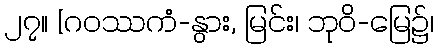
၂၇။ [ဂဝဿကံ-နွား, မြင်း၊ ဘုဝိ-မြေ၌၊